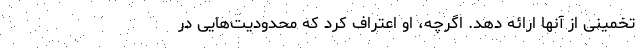
تخمینی از آنها ارائه دهد. اگرچه، او اعتراف کرد که محدودیت‌هایی در